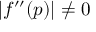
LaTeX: \left| f ^ { \prime \prime } ( p ) \right| \neq 0